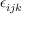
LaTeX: \epsilon _ { i j k }